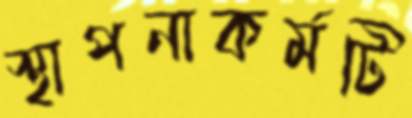
স্থাপনাকর্মটি